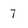
Character: 7